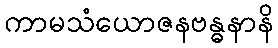
ကာမသံယောဇနဗန္ဓနာနိ